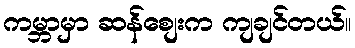
ကမ္ဘာမှာ ဆန်စျေးက ကျချင်တယ်။